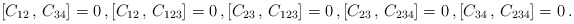
\begin{align*}[C_{12}\,,\,C_{34}]=0\,,[C_{12}\,,\,C_{123}]=0\,,[C_{23}\,,\,C_{123}]=0\,,[C_{23}\,,\,C_{234}]=0\,,[C_{34}\,,\,C_{234}]=0\,.\end{align*}